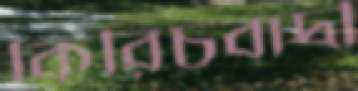
কিরিচবাদী